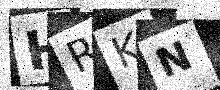
Text: HRKN